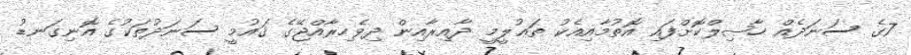
7ގެ ސަނަދެއް ޙާޞިލްކޮށްފައި އޮތުމާއިއެކު ތަޢުލީމީ ދާއިރާއިން ދިވެހިރާއްޖޭގެ ޤައުމީ ސަނަދުތަކުގެ އޮނިގަނޑު